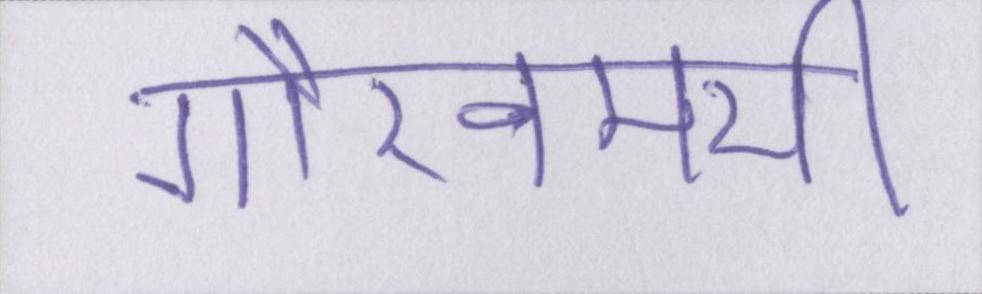
गौरवमयी